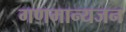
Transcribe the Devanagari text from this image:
गणमान्यजन